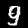
Digit: 9